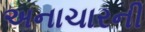
અનાચારની